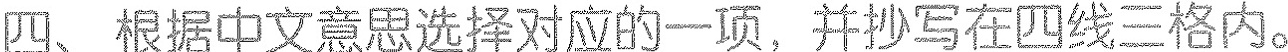
四、根据中文意思选择对应的一项，并抄写在四线三格内。